Report on the working of the Ranchi Indian Mental Hospital, Kanke, in Bihar and Orissa - 1930-1940
Year: 1930
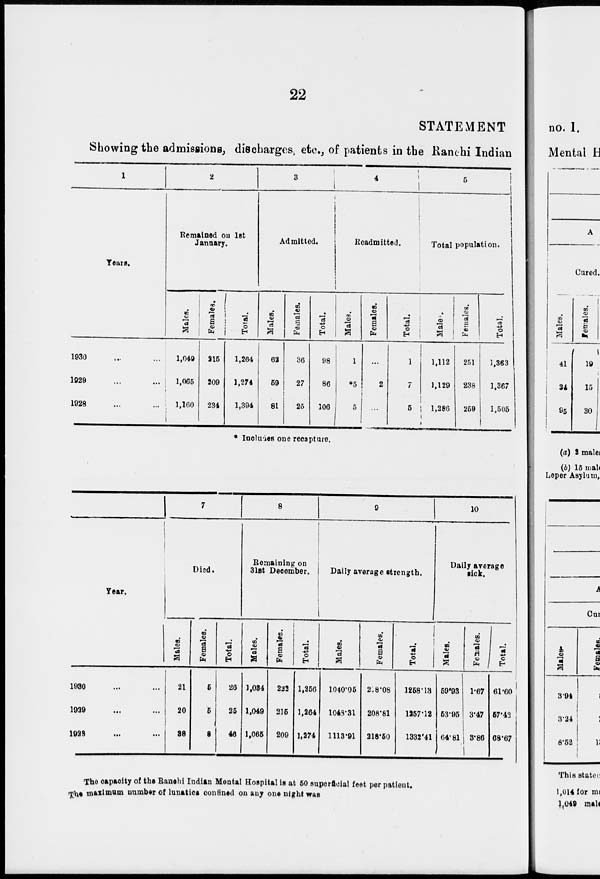
22
STATEMENT
Showing the admissions, discharges, etc., of patients in the Ranchi Indian
1
Years.
1930 ... ...
1929 ... ...
1928 ... ...
2
Remained on 1st
January.
Males.
1,049
1,065
1,160
Females.
215
209
234
Total.
1,264
1,274
1,394
3
Admitted.
Males.
62
59
81
Females.
36
27
25
Total.
98
86
106
4
Readmitted.
Males.
1
*5
5
Females.
...
2
...
Total.
1
7
5
5
Total population.
Males.
1,112
1,129
1,286
Females.
251
238
259
Total.
1,363
1,367
1,505
* Includes one recapture.
Year.
1930 ... ...
1929 ... ...
1928 ... ...
7
Died.
Males.
21
20
38
Females.
5
6
8
Total.
26
26
46
8
Remaining on
31st December.
Males.
1,034
1,049
1,065
Females.
222
215
209
Total.
1,256
1,264
1,274
9
Daily average strength.
Males.
1040.05
1048.31
1113.91
Females.
218.08
208.81
218.50
Total.
1258.13
1257.12
1332.41
10
Daily average
sick.
Males.
59.93
53.95
64.81
Females.
1.67
3.47
3.86
Total.
61.60
57.42
68.67
The capacity of the Ranchi Indian Mental Hospital is at 50 superficial feet per patient.
The maximum number of lunatics confined on any one night was